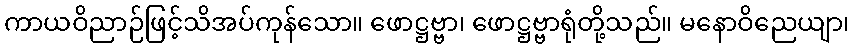
ကာယဝိညာဉ်ဖြင့်သိအပ်ကုန်သော။ ဖောဋ္ဌဗ္ဗာ၊ ဖောဋ္ဌဗ္ဗာရုံတို့သည်။ မနောဝိညေယျာ၊